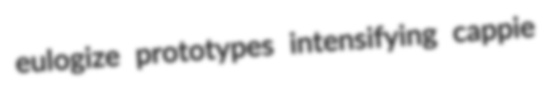
eulogize prototypes intensifying cappie